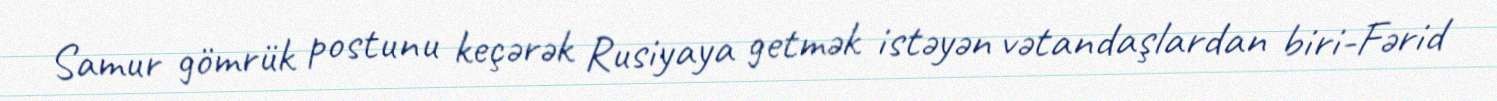
Samur gömrük postunu keçərək Rusiyaya getmək istəyən vətandaşlardan biri-Fərid